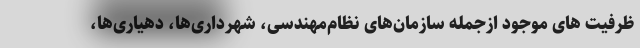
ظرفیت های موجود ازجمله سازمان‌های نظام‌مهندسی، شهرداری‌ها، دهیاری‌ها،